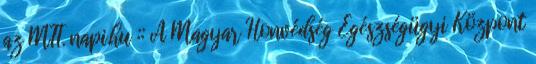
az MTI. napi.hu :: A Magyar Honvédség Egészségügyi Központ